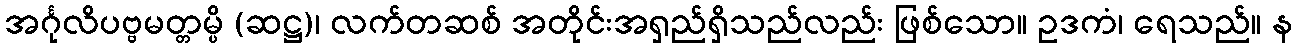
အင်္ဂုလိပဗ္ဗမတ္တမ္ပိ (ဆဋ္ဌ)၊ လက်တဆစ် အတိုင်းအရှည်ရှိသည်လည်း ဖြစ်သော။ ဥဒကံ၊ ရေသည်။ န